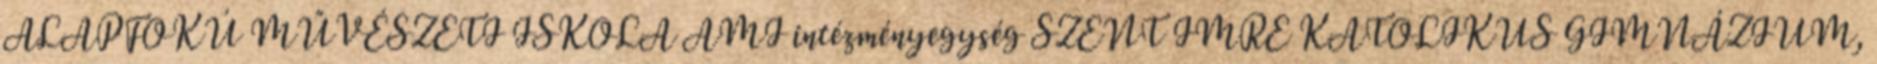
ALAPFOKÚ MŰVÉSZETI ISKOLA AMI intézményegység SZENT IMRE KATOLIKUS GIMNÁZIUM,